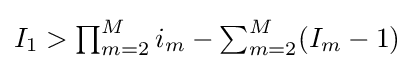
{\textstyle I_{1}>\prod _{m=2}^{M}i_{m}-\sum _{m=2}^{M}(I_{m}-1)}